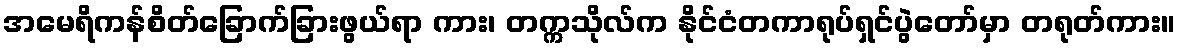
အမေရိကန်စိတ်ခြောက်ခြားဖွယ်ရာ ကား၊ တက္ကသိုလ်က နိုင်ငံတကာရုပ်ရှင်ပွဲတော်မှာ တရုတ်ကား။